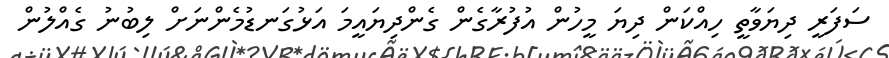
ސަފަރީ ދިޔަވާތީ ހިއްކަން ދިޔަ މީހުން އުފުރާގެން ގެންދިޔައީމަ އަޅުގަނޑުމެންނަށް ލިބުނު ގެއްލުން